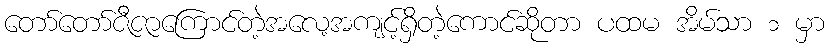
တော်တော်ဇီဇာကြောင်တဲ့အလေ့အကျင့်ရှိတဲ့ကောင်ဆိုတာ ပထမ အိမ်သာ ၁ မှာ